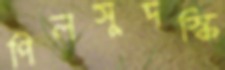
পিলসুদস্কি